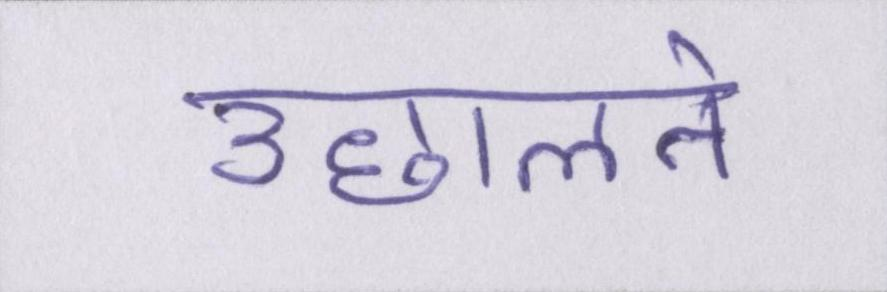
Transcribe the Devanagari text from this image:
उछालने